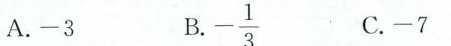
A.-3 B. \frac{1}{3} C.-7